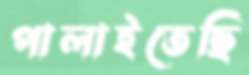
পালাইতেছি